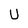
Character: U